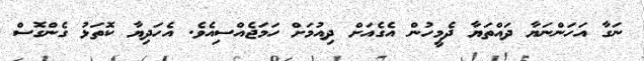
ނަގާ އަހަންނަޔާ ދައްތަޔާ ދެމީހުން އެގެއަށް ދިއުމަށް ހަމަޖެއްސިއެވެ. އެހަދިޔާ ކޮތަޅު ގެންގޮސް